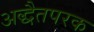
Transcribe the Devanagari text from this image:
अद्धैतपरक